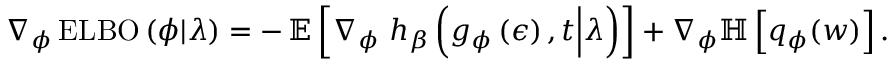
\begin{array} { r } { \nabla _ { \phi } \operatorname { E L B O } \left( \phi \vert \lambda \right) = - \operatorname { \mathbb { E } } \left[ \nabla _ { \phi } \ h _ { \beta } \left( g _ { \phi } \left( \epsilon \right) , t \Big | \lambda \right) \right] + \nabla _ { \phi } \mathbb { H } \left[ q _ { \phi } ( w ) \right] . } \end{array}